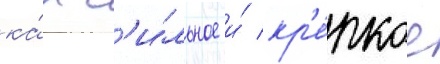
ка́к с'и́льное и́ кр'е́пкое